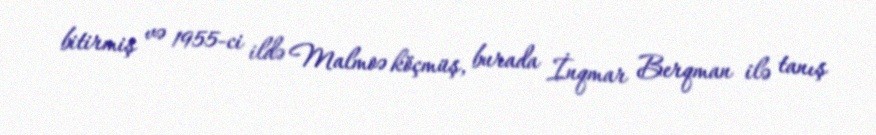
bitirmiş və 1955-ci ildə Malmoə köçmüş, burada İnqmar Berqman ilə tanış